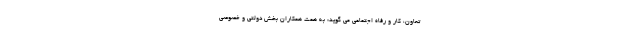
تعاون، کار و رفاه اجتماعی می گوید: به همت همکاران بخش دولتی و خصوصی